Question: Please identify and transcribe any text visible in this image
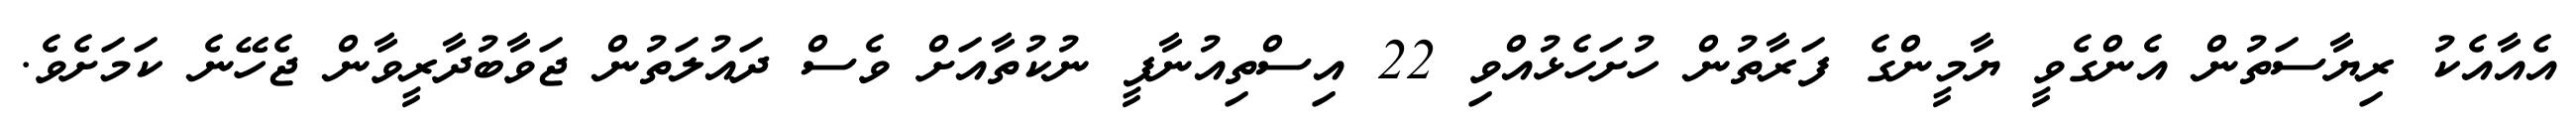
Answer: އެއާއެކު ރިޔާސަތުން އެންގެވީ ޔާމީންގެ ފަރާތުން ހުށަހެޅުއްވި 22 އިސްތިއުނާފީ ނުކުތާއަށް ވެސް ދައުލަތުން ޖަވާބުދާރީވާން ޖެހޭނެ ކަމަށެވެ.